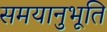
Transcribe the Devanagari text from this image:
समयानुभूति